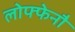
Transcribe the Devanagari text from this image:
लोफ्फेनौ